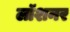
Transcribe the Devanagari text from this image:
लॉशनर